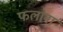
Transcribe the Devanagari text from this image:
फलाना